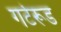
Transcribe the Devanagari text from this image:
गर्टरूड